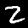
Digit: 2